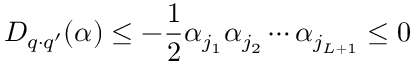
D _ { q \cdot q ^ { \prime } } ( \alpha ) \leq - \frac 1 2 \alpha _ { j _ { 1 } } \alpha _ { j _ { 2 } } \cdots \alpha _ { j _ { L + 1 } } \leq 0